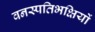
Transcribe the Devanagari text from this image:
वनस्पतिभक्षियों